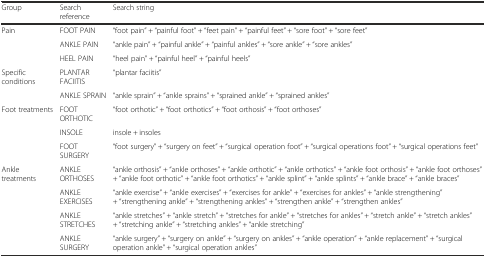
<table><thead><tr><td><b>Group</b></td><td><b>Search reference</b></td><td><b>Search string</b></td></tr></thead><tbody><tr><td>Pain</td><td>FOOT PAIN</td><td>“foot pain” + “painful foot” + “feet pain” + “painful feet” + “sore foot” + “sore feet”</td></tr><tr><td></td><td>ANKLE PAIN</td><td>“ankle pain” + “painful ankle” + “painful ankles” + “sore ankle” + “sore ankles”</td></tr><tr><td></td><td>HEEL PAIN</td><td>“heel pain” + “painful heel” + “painful heels”</td></tr><tr><td>Specific conditions</td><td>PLANTAR FACIITIS</td><td>“plantar faciitis”</td></tr><tr><td></td><td>ANKLE SPRAIN</td><td>“ankle sprain” + “ankle sprains” + “sprained ankle” + “sprained ankles”</td></tr><tr><td>Foot treatments</td><td>FOOT ORTHOTIC</td><td>“foot orthotic” + “foot orthotics” + “foot orthosis” + “foot orthoses”</td></tr><tr><td></td><td>INSOLE</td><td>insole + insoles</td></tr><tr><td></td><td>FOOT SURGERY</td><td>“foot surgery” + “surgery on feet” + “surgical operation foot” + “surgical operations foot” + “surgical operations feet”</td></tr><tr><td>Ankle treatments</td><td>ANKLE ORTHOSES</td><td>“ankle orthosis” + “ankle orthoses” + “ankle orthotic” + “ankle orthotics” + “ankle foot orthosis” + “ankle foot orthoses” + “ankle foot orthotic” + “ankle foot orthotics” + “ankle splint” + “ankle splints” + “ankle brace” + “ankle braces”</td></tr><tr><td></td><td>ANKLE EXERCISES</td><td>“ankle exercise” + “ankle exercises” + “exercises for ankle” + “exercises for ankles” + “ankle strengthening” + “strengthening ankle” + “strengthening ankles” + “strengthen ankle” + “strengthen ankles”</td></tr><tr><td></td><td>ANKLE STRETCHES</td><td>“ankle stretches” + “ankle stretch” + “stretches for ankle” + “stretches for ankles” + “stretch ankle” + “stretch ankles” + “stretching ankle” + “stretching ankles” + “ankle stretching”</td></tr><tr><td></td><td>ANKLE SURGERY</td><td>“ankle surgery” + “surgery on ankle” + “surgery on ankles” + “ankle operation” + “ankle replacement” + “surgical operation ankle” + “surgical operation ankles”</td></tr></tbody></table>